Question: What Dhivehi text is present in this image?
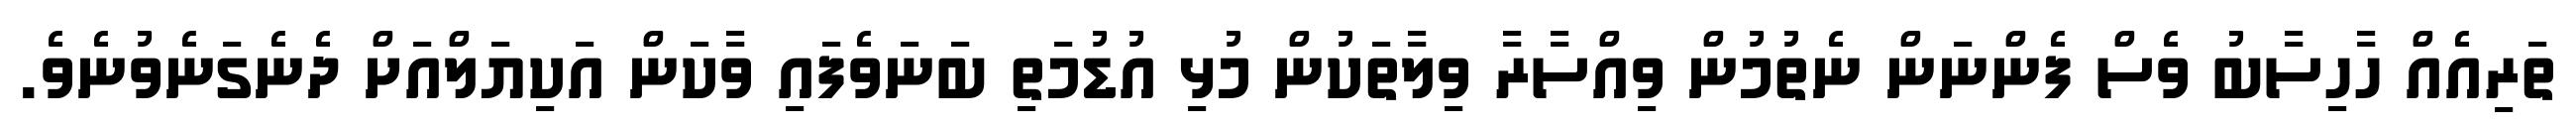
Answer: ތަރިއެއް ހާހިސާބު ވެސް ފެންނަން ނެތުމުން ވިއްސާރާ ވިލާތަކުން މުޅި އުޑުމަތި ބަނަވެފައި ވާކަން އަކިޔަލްއަށް ދެނެގަނެވުނެވެ.